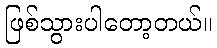
ဖြစ်သွားပါတော့တယ်။